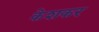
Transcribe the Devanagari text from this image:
केशकर